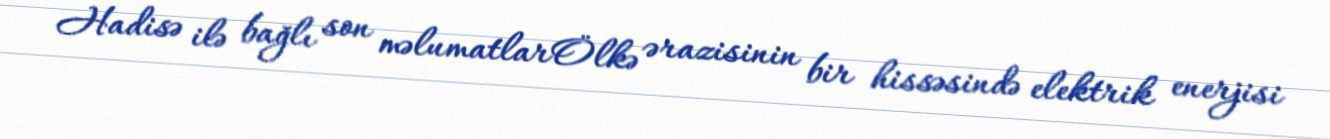
Hadisə ilə bağlı son məlumatlarÖlkə ərazisinin bir hissəsində elektrik enerjisi